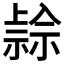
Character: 𥛓